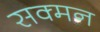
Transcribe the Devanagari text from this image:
सक्मन